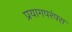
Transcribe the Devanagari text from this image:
प्रयागपरंपरा